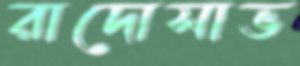
রাদোসাভ